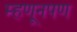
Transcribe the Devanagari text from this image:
म्हणूनपण